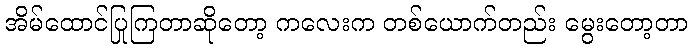
အိမ်ထောင်ပြုကြတာဆိုတော့ ကလေးက တစ်ယောက်တည်း မွေးတော့တာ